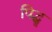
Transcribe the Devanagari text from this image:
पिद्धू